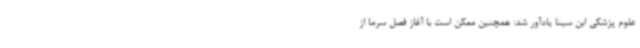
علوم پزشکی ابن سینا یادآور شد: همچنین ممکن است با آغاز فصل سرما از